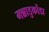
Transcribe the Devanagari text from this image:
मन्नाडुकोंडा